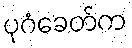
ပုဂံခေတ်က